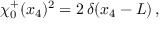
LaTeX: \chi _ { 0 } ^ { + } ( x _ { 4 } ) ^ { 2 } = 2 \, \delta ( x _ { 4 } - L ) \, ,